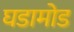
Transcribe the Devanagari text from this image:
घडामोड